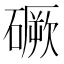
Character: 𥕲